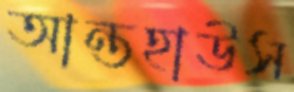
আন্তহাউস